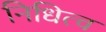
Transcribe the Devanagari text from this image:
निधित्व